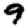
Digit: 9